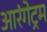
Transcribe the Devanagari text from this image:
आरंगेट्रम